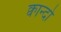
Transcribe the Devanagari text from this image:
क्वान्दो